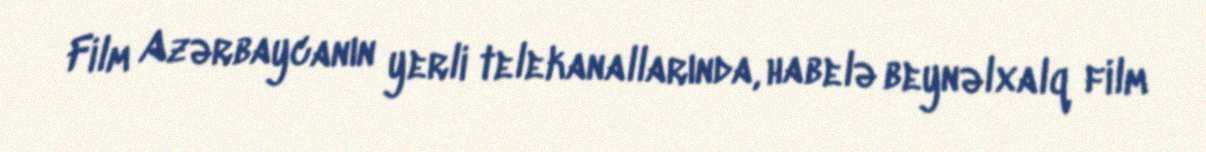
Film Azərbaycanın yerli telekanallarında, habelə beynəlxalq film